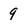
Character: 9